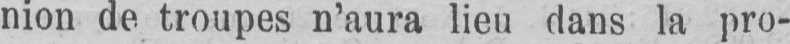
nion de troupes n’aura lieu dans la pro-